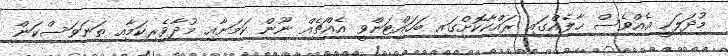
މުދަލަކީ އެއްވެސް ހާލެއްގައި ރައްކާކޮށްގައި ބަހައްޓަންވީ އެއްޗެއް ނޫން ކަމަށާއި މުދާވެރިކަމާއި ތަނަވަސްކަން